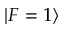
| F = 1 \rangle